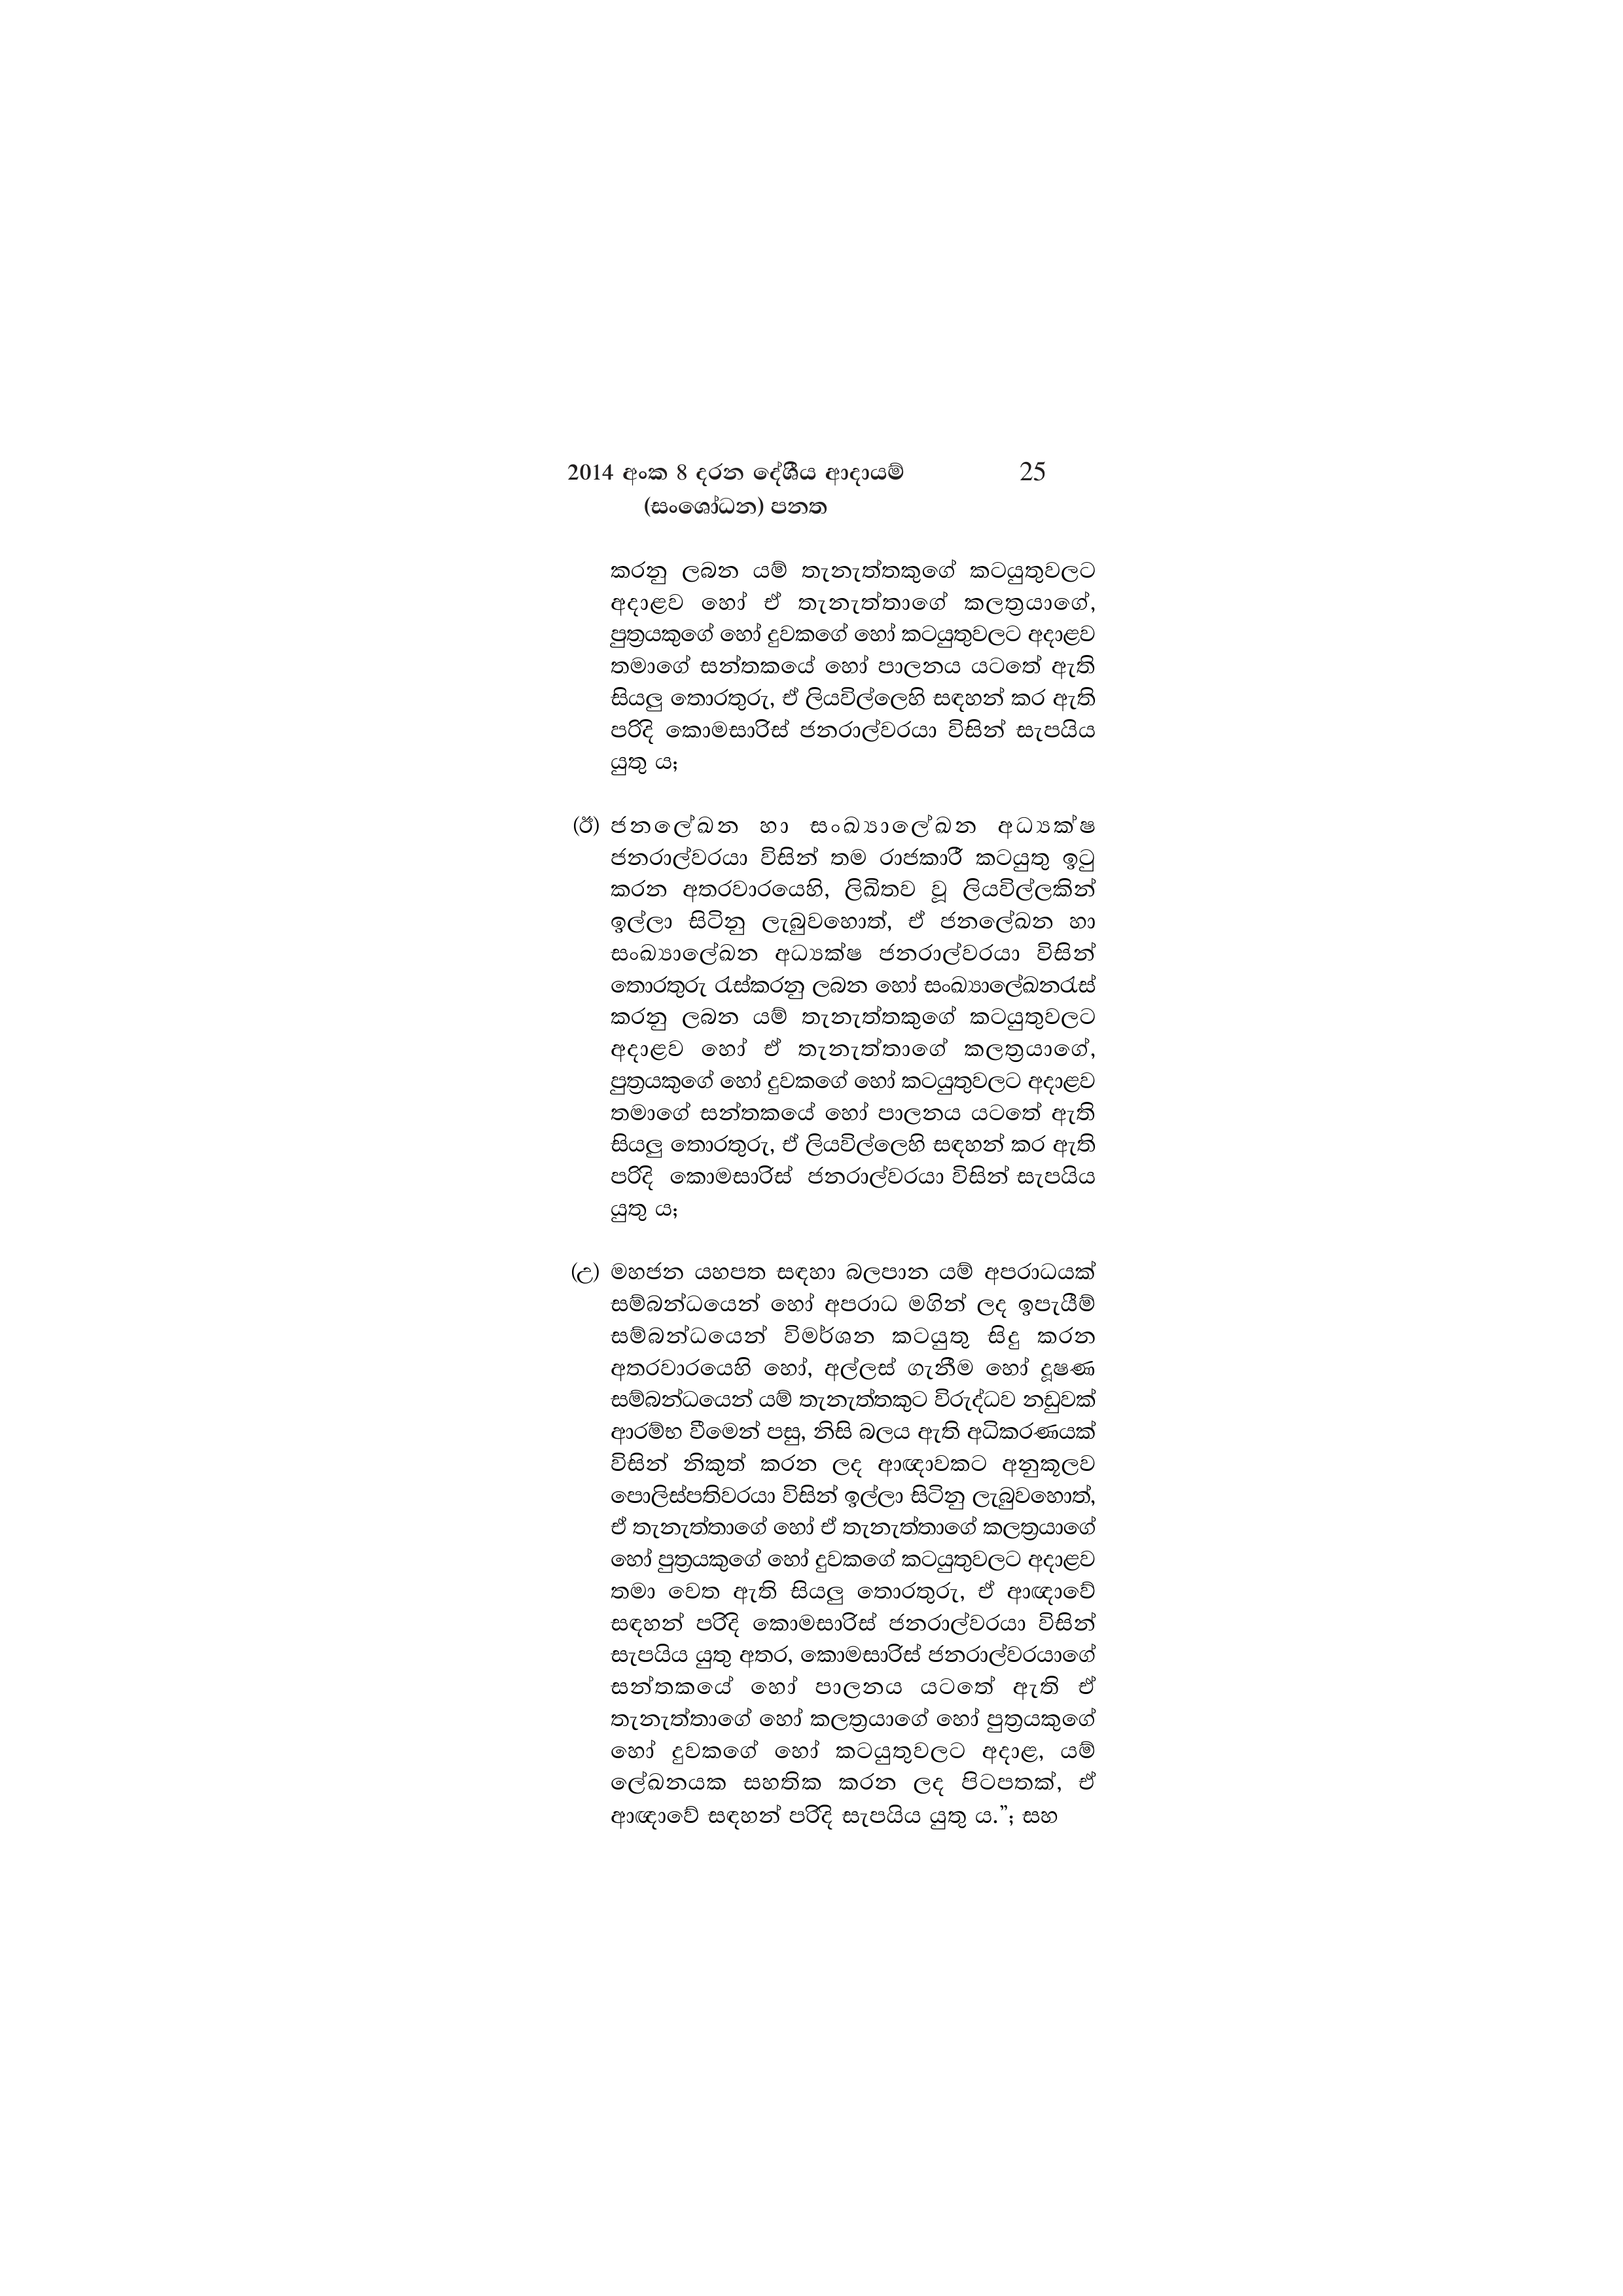
2014 අංක 8 දරන දේශීය ආදායම් 25
(සංශෝධන) පනත

කරනු ලබන යම් තැනැත්තකුගේ කටයුතුවලට
අදාළව හෝ ඒ තැනැත්තාගේ කලත්‍රයාගේ,
පුත්‍රයකුගේ හෝ දුවකගේ හෝ කටයුතුවලට අදාළව
තමාගේ සන්තකයේ හෝ පාලනය යටතේ ඇති
සියලු තොරතුරු, ඒ ලියවිල්ලෙහි සඳහන් කර ඇති
පරිදි කොමසාරිස් ජනරාල්වරයා විසින් සැපයිය
යුතු ය;

(ඊ) ජනලේඛන හා සංඛ්‍යාලේඛන අධ්‍යක්ෂ
ජනරාල්වරයා විසින් තම රාජකාරී කටයුතු ඉටු
කරන අතරවාරයෙහි, ලිඛිතව වූ ලියවිල්ලකින්
ඉල්ලා සිටිනු ලැබුවහොත්, ඒ ජනලේඛන හා
සංඛ්‍යාලේඛන අධ්‍යක්ෂ ජනරාල්වරයා විසින්
තොරතුරු රැස්කරනු ලබන හෝ සංඛ්‍යාලේඛනරැස්
කරනු ලබන යම් තැනැත්තකුගේ කටයුතුවලට
අදාළව හෝ ඒ තැනැත්තාගේ කලත්‍රයාගේ,
පුත්‍රයකුගේ හෝ දුවකගේ හෝ කටයුතුවලට අදාළව
තමාගේ සන්තකයේ හෝ පාලනය යටතේ ඇති
සියලු තොරතුරු, ඒ ලියවිල්ලෙහි සඳහන් කර ඇති
පරිදි කොමසාරිස් ජනරාල්වරයා විසින් සැපයිය
යුතු ය;

(උ) මහජන යහපත සඳහා බලපාන යම් අපරාධයක්
සම්බන්ධයෙන් හෝ අපරාධ මගින් ලද ඉපැයීම්
සම්බන්ධයෙන් විමර්ශන කටයුතු සිදු කරන
අතරවාරයෙහි හෝ, අල්ලස් ගැනීම හෝ දූෂණ
සම්බන්ධයෙන් යම් තැනැත්තකුට විරුද්ධව නඩුවක්
ආරම්භ වීමෙන් පසු, නිසි බලය ඇති අධිකරණයක්
විසින් නිකුත් කරන ලද ආඥාවකට අනුකූලව
පොලිස්පතිවරයා විසින් ඉල්ලා සිටිනු ලැබුවහොත්,
ඒ තැනැත්තාගේ හෝ ඒ තැනැත්තාගේ කලත්‍රයාගේ
හෝ පුත්‍රයකුගේ හෝ දුවකගේ කටයුතුවලට අදාළව
තමා වෙත ඇති සියලු තොරතුරු, ඒ ආඥාවේ
සඳහන් පරිදි කොමසාරිස් ජනරාල්වරයා විසින්
සැපයිය යුතු අතර, කොමසාරිස් ජනරාල්වරයාගේ
සන්තකයේ හෝ පාලනය යටතේ ඇති ඒ
තැනැත්තාගේ හෝ කලත්‍රයාගේ හෝ පුත්‍රයකුගේ
හෝ දුවකගේ හෝ කටයුතුවලට අදාළ, යම්
ලේඛනයක සහතික කරන ලද පිටපතක්, ඒ
ආඥාවේ සඳහන් පරිදි සැපයිය යුතු ය.”; සහ